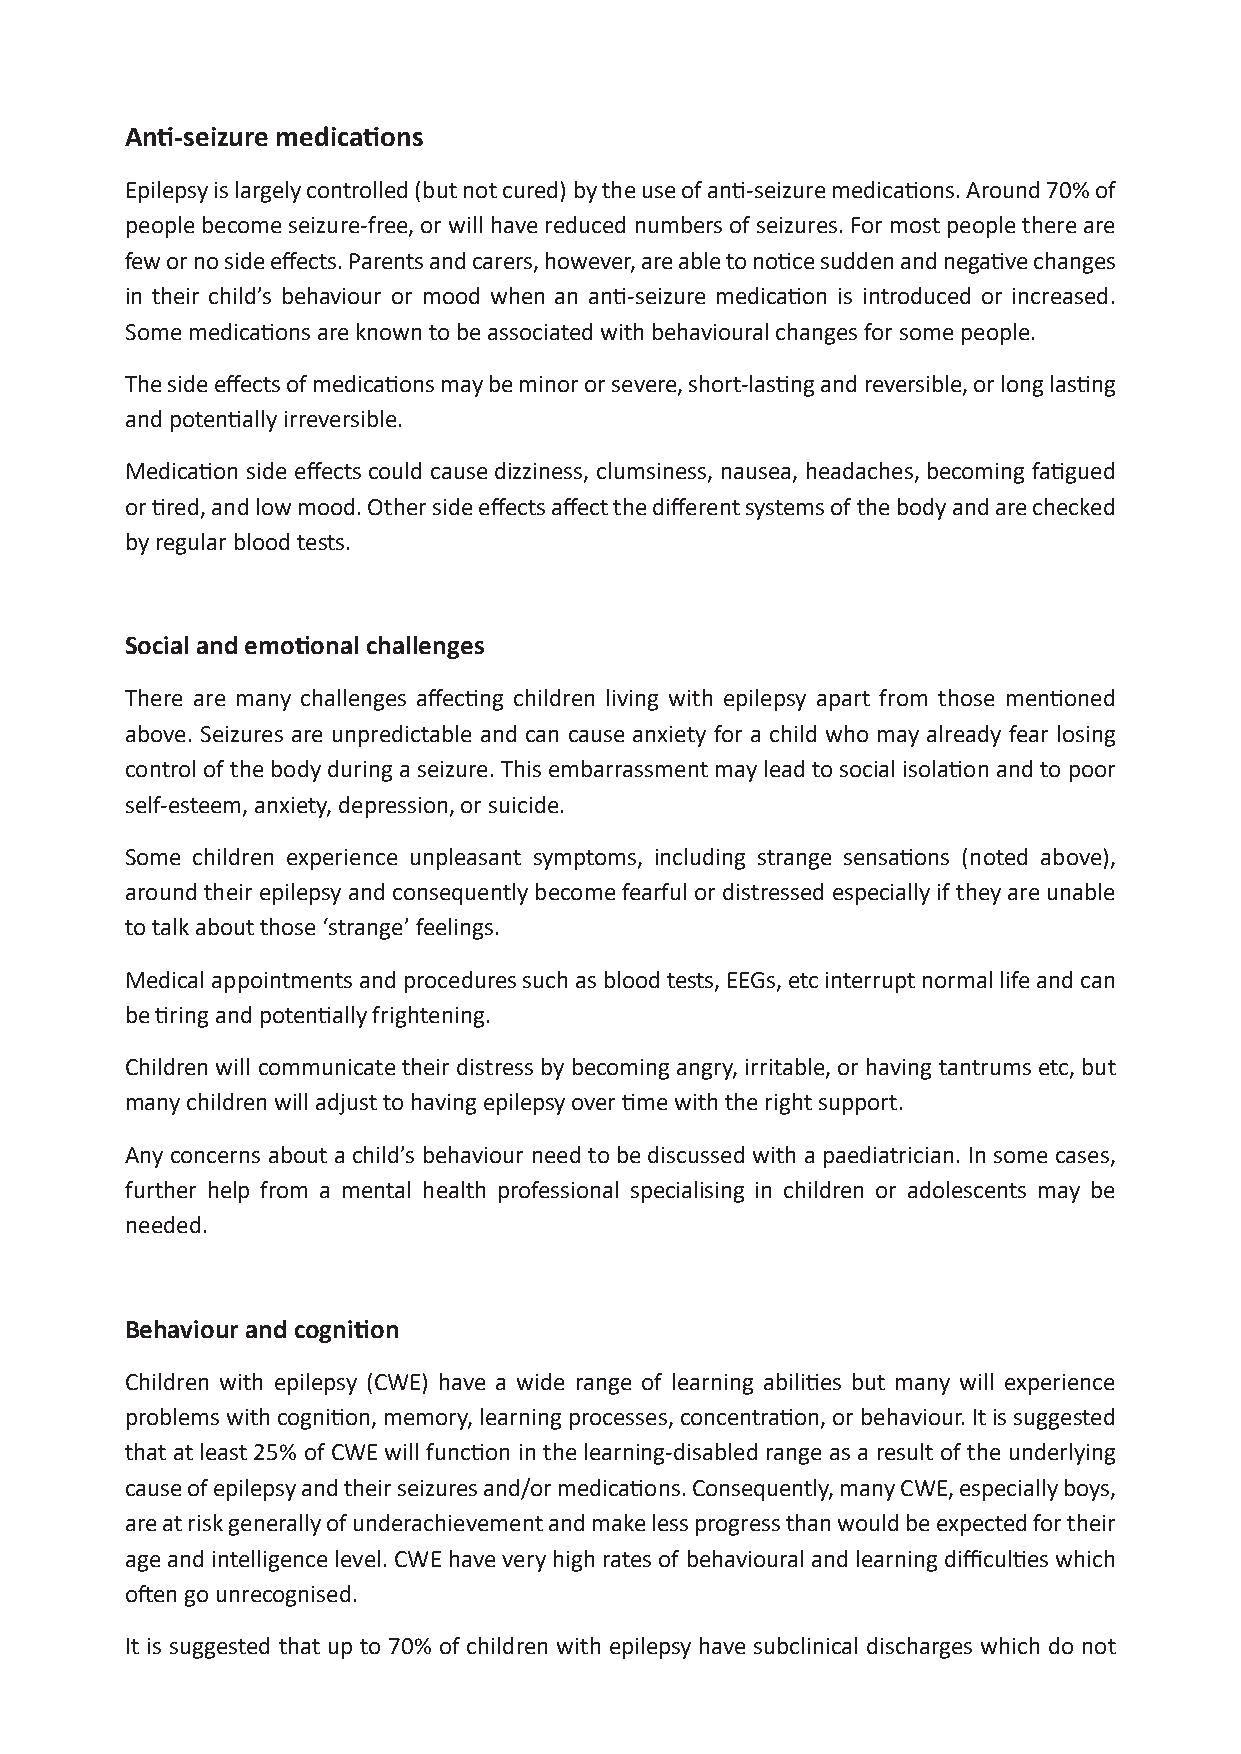
Anti-seizure medications
 Epilepsy is largely controlled (but not cured) by the use of anti-seizure medications. Around 70% of
 people become seizure-free, or will have reduced numbers of seizures. For most people there are
 few or no side effects. Parents and carers, however, are able to notice sudden and negative changes
 in their child’s behaviour or mood when an anti-seizure medication is introduced or increased.
 Some medications are known to be associated with behavioural changes for some people.
 The side effects of medications may be minor or severe, short-lasting and reversible, or long lasting
 and potentially irreversible.
 Medication side effects could cause dizziness, clumsiness, nausea, headaches, becoming fatigued
 or tired, and low mood. Other side effects affect the different systems of the body and are checked
 by regular blood tests.
 Social and emotional challenges
 There are many challenges affecting children living with epilepsy apart from those mentioned
 above. Seizures are unpredictable and can cause anxiety for a child who may already fear losing
 control of the body during a seizure. This embarrassment may lead to social isolation and to poor
 self-esteem, anxiety, depression, or suicide.
 Some children experience unpleasant symptoms, including strange sensations (noted above),
 around their epilepsy and consequently become fearful or distressed especially if they are unable
 to talk about those ‘strange’ feelings.
 Medical appointments and procedures such as blood tests, EEGs, etc interrupt normal life and can
 be tiring and potentially frightening.
 Disclaimer: this fact sheet is for educati on purposes only. Please consult your doctor or other health professional
 Children will communicate their distress by becoming angry, irritable, or having tantrums etc, but
 for advice regarding your epilepsy.
 many children will adjust to having epilepsy over time with the right support.
 Any concerns about a child’s behaviour need to be discussed with a paediatrician. In some cases,
 further help from a mental health professional specialising in children or adolescents may be
 needed.
 Behaviour and cognition
 Children with epilepsy (CWE) have a wide range of learning abilities but many will experience
 problems with cognition, memory, learning processes, concentration, or behaviour. It is suggested
 that at least 25% of CWE will function in the learning-disabled range as a result of the underlying
 cause of epilepsy and their seizures and/or medications. Consequently, many CWE, especially boys,
 are at risk generally of underachievement and make less progress than would be expected for their
 age and intelligence level. CWE have very high rates of behavioural and learning difficulties which
 often go unrecognised.
 It is suggested that up to 70% of children with epilepsy have subclinical discharges which do not